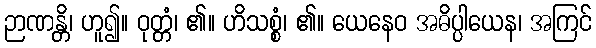
ဉာဏန္တိ၊ ဟူ၍။ ဝုတ္တံ၊ ၏။ ဟိသစ္စံ၊ ၏။ ယေနေဝ အဓိပ္ပါယေန၊ အကြင်